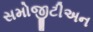
સમોજીટીઅન